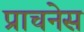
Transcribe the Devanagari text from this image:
प्राचनेस